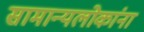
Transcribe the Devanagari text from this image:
सामान्यलोकांना